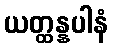
ယတ္ထန္နပါနံ